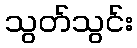
သွတ်သွင်း